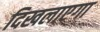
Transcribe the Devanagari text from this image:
दिखलाएगा